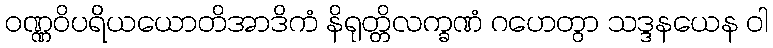
ဝဏ္ဏဝိပရိယယောတိအာဒိကံ နိရုတ္တိလက္ခဏံ ဂဟေတွာ သဒ္ဒနယေန ဝါ